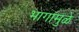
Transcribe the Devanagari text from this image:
भागांमुळे